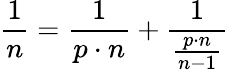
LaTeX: {\frac{1}{n}}={\frac{1}{p\cdot n}}+{\frac{1}{\frac{p\cdot n}{n-1}}}